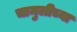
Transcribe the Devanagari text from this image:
चामुलीच्या